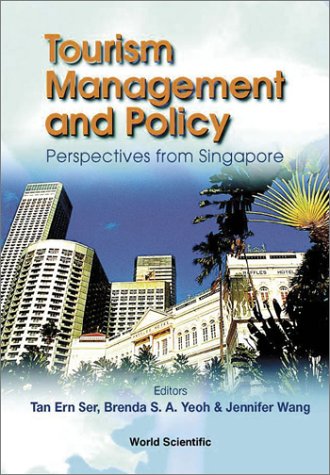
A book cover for Tourism Management and Policy: Perspectives from Singapore; Tan Ern Ser; Travel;